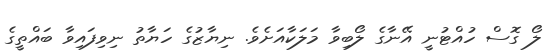
ލޯ ގޮސް ހުއްޓުނީ އޭނާގެ ލޯބިވާ މަލަކާއަށެވެ. ނިޔާޒުގެ ހަޔާތު ނިވިފައިވާ ބައްތީގެ